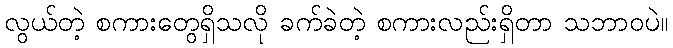
လွယ်တဲ့ စကားတွေရှိသလို ခက်ခဲတဲ့ စကားလည်းရှိတာ သဘာဝပဲ။